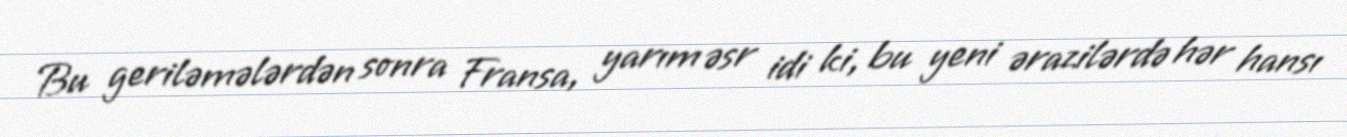
Bu geriləmələrdən sonra Fransa, yarım əsr idi ki, bu yeni ərazilərdə hər hansı